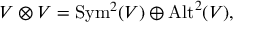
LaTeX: V \otimes V = { \mathrm { S y m } } ^ { 2 } ( V ) \oplus { \mathrm { A l t } } ^ { 2 } ( V ) ,